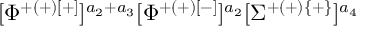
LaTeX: [ \Phi ^ { + ( + ) [ + ] } ] ^ { a _ { 2 } + a _ { 3 } } [ \Phi ^ { + ( + ) [ - ] } ] ^ { a _ { 2 } } [ \Sigma ^ { + ( + ) \{ + \} } ] ^ { a _ { 4 } }